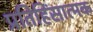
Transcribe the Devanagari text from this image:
प्रतिहिंसात्मक